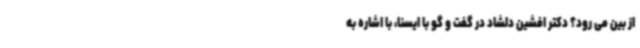
از بین می رود؟ دکتر افشین دلشاد در گفت و گو با ایسنا، با اشاره به